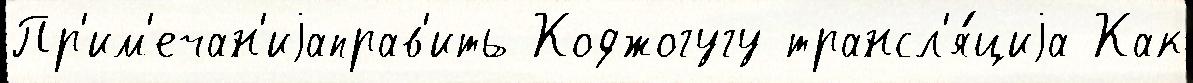
Пр'им'ечан'иjаправ'ить Коджогугу трансл'я́циjа Как